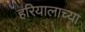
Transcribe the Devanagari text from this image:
हरियालाच्या